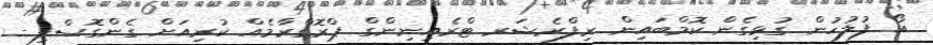
އޯ ފުލުހުން ގުޅިގެން ކޮމްބައިން ރިފްރެޝަރ ޓްރެއިނިންގް ޕްރޮގްރާމެއް ކުރިއަށް ގެންގޮސްފި -